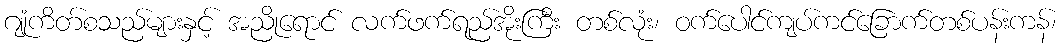
ဂျုံကိတ်စသည်များနှင့် အညိုရောင် လက်ဖက်ရည်အိုးကြီး တစ်လုံး၊ ဝက်ပေါင်ကျပ်ကင်ခြောက်တစ်ပန်းကန်၊